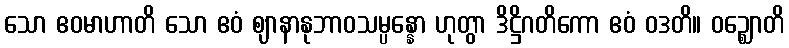
သော ဧဝမာဟာတိ သော ဧဝံ ဈာနာနုဘာဝသမ္ပန္နော ဟုတွာ ဒိဋ္ဌိဂတိကော ဧဝံ ဝဒတိ။ ဝဉ္ဈောတိ